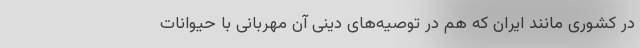
در کشوری مانند ایران که هم در توصیه‌های دینی آن مهربانی با حیوانات